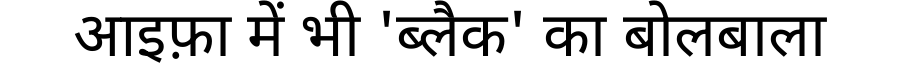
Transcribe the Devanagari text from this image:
आइफ़ा में भी 'ब्लैक' का बोलबाला